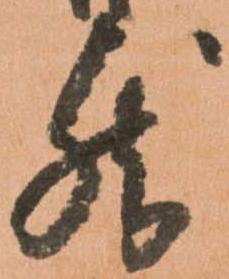
然